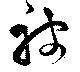
被